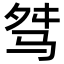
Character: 𩧶